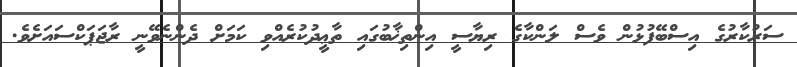
ސަރުކާރުގެ އިސްބޭފުޅުން ވެސް ލަންކާގެ ރިޔާސީ އިންތިޚާބުގައި ތާޢީދުކުރެއްވި ކަމަށް ދެންނެވޭނީ ރާޖަޕަކްސައަށެވެ.